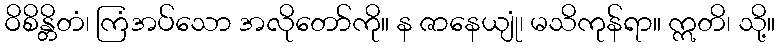
ဝိစိန္တိတံ၊ ကြံအပ်သော အလိုတော်ကို။ န ဇာနေယျုံ၊ မသိကုန်ရာ။ ဣတိ၊ သို့။